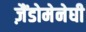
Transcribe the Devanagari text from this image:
ज़ैंडोमेनेघी